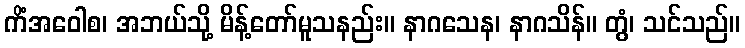
ကိံအဝေါစ၊ အဘယ်သို့ မိန့်တော်မူသနည်း။ နာဂသေန၊ နာဂသိန်။ တွံ၊ သင်သည်။